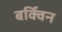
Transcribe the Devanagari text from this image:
बर्क्विन